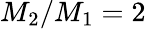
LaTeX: M_{2}/M_{1}=2